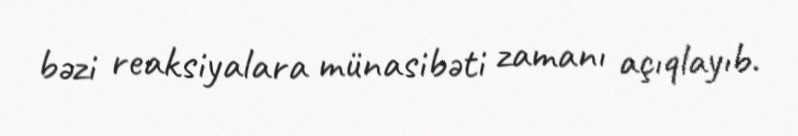
bəzi reaksiyalara münasibəti zamanı açıqlayıb.